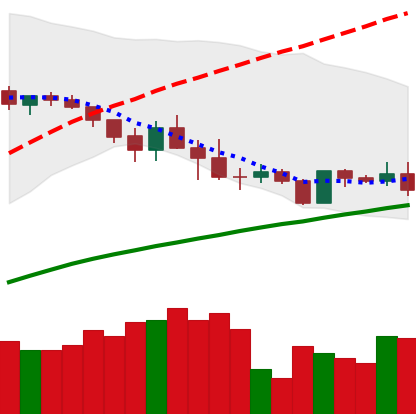
Ticker: ADA-USD
Chart end date: 2019-05-04
Forward return: -7.759%
Label: down_7plus